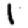
Digit: 1